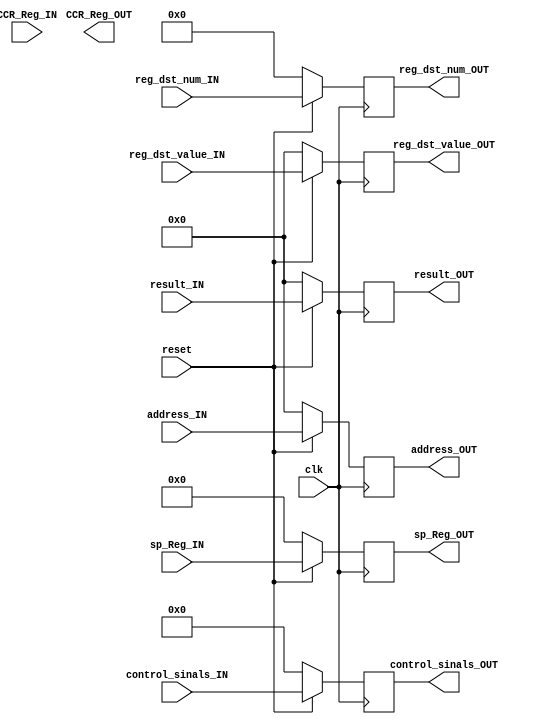
module EM_pipeline_register #(parameter NUMBER_CONTROL_SIGNALS = 16) (control_sinals_IN, control_sinals_OUT,
                             result_IN, result_OUT,
                             address_IN, address_OUT,
                             reg_dst_num_IN, reg_dst_num_OUT,
                             reg_dst_value_IN, reg_dst_value_OUT,
                             sp_Reg_IN, sp_Reg_OUT,
                             CCR_Reg_IN,CCR_Reg_OUT,
                             clk, reset);

input [20:0] control_sinals_IN;
output [20:0] control_sinals_OUT;
reg [20:0] control_sinals_REG;

input [15:0] result_IN;
output [15:0] result_OUT;
reg [15:0] result_REG;

input [15:0] address_IN;
output [15:0] address_OUT;
reg [15:0] address_REG;

input [3:0] reg_dst_num_IN;
output [3:0] reg_dst_num_OUT;
reg [3:0] reg_dst_num_REG;

input [15:0] reg_dst_value_IN;
output [15:0] reg_dst_value_OUT;
reg [15:0] reg_dst_value_REG;

input [31:0] sp_Reg_IN;
output [31:0] sp_Reg_OUT;
reg [31:0] sp_Reg_REG;

input [4:0] CCR_Reg_IN;
output [4:0] CCR_Reg_OUT;
reg [4:0] CCR_Reg_REG;

input clk;
input reset;

// Asynchronous read
assign control_sinals_OUT = control_sinals_REG;
assign result_OUT = result_REG;
assign address_OUT = address_REG;
assign reg_dst_num_OUT = reg_dst_num_REG;
assign reg_dst_value_OUT = reg_dst_value_REG;
assign sp_Reg_OUT = sp_Reg_REG;

always @(posedge clk)
    begin
        // Active low reset
        if (!reset)
            begin
                control_sinals_REG = 0;
                result_REG = 0;
                address_REG = 0;
                reg_dst_num_REG = 0;
                reg_dst_value_REG = 0;
                sp_Reg_REG = 0;
            end
        // Synchronous write @ +ve edge
        else
            begin
                control_sinals_REG = control_sinals_IN;
                result_REG = result_IN;
                address_REG = address_IN;
                reg_dst_num_REG = reg_dst_num_IN;
                reg_dst_value_REG = reg_dst_value_IN;
                sp_Reg_REG = sp_Reg_IN;
            end
    end
endmodule